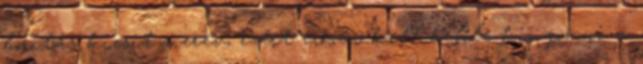
borítás kicsit merev, ezért erősen kell belőle kinyomni a